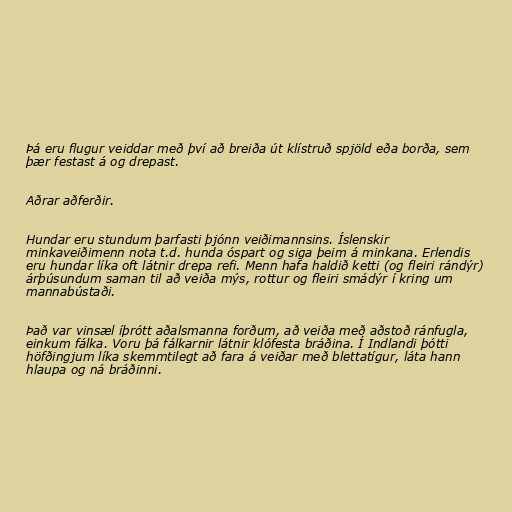
Þá eru flugur veiddar með því að breiða út klístruð spjöld eða borða, sem
þær festast á og drepast.

Aðrar aðferðir.

Hundar eru stundum þarfasti þjónn veiðimannsins. Íslenskir
minkaveiðimenn nota t.d. hunda óspart og siga þeim á minkana. Erlendis
eru hundar líka oft látnir drepa refi. Menn hafa haldið ketti (og fleiri rándýr)
árþúsundum saman til að veiða mýs, rottur og fleiri smádýr í kring um
mannabústaði.

Það var vinsæl íþrótt aðalsmanna forðum, að veiða með aðstoð ránfugla,
einkum fálka. Voru þá fálkarnir látnir klófesta bráðina. Í Indlandi þótti
höfðingjum líka skemmtilegt að fara á veiðar með blettatígur, láta hann
hlaupa og ná bráðinni.